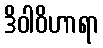
ဒိဝါဝိဟာရာ